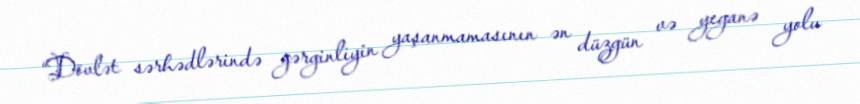
“Dövlət sərhədlərində gərginliyin yaşanmamasının ən düzgün və yeganə yolu